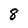
Character: 8